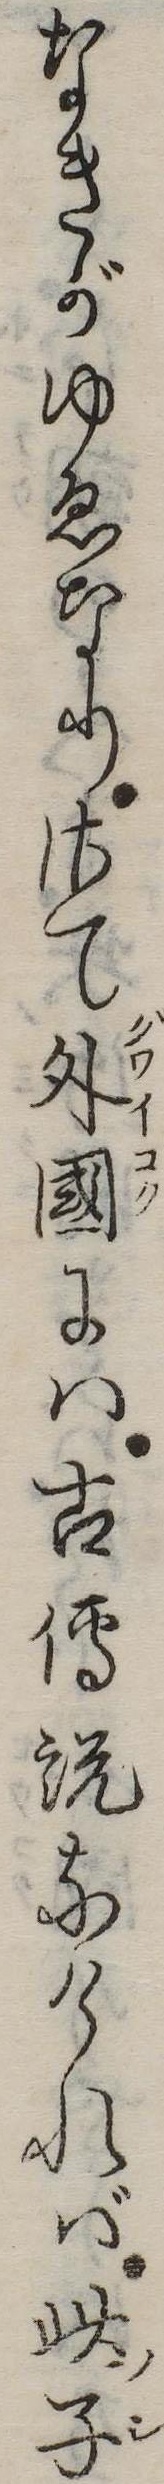
なきがゆゑなりさて外国には古伝説なければ此子